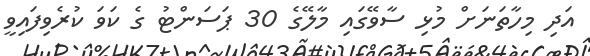
އަދި މިހާތަނަށް މުޅި ސާވޭގައި މާލޭގެ 30 ޕަސަންޓު ގެ ކަވަ ކުރެވިފައިވީ